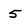
Character: 5